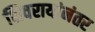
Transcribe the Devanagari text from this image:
शिवरायांनंतर